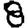
Digit: 8